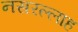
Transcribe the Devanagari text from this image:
नसरल्लाह